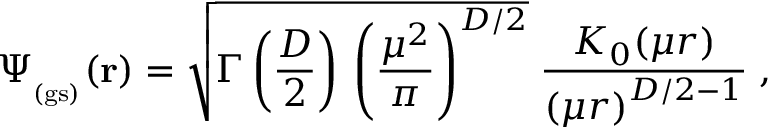
\Psi _ { _ \mathrm { ( g s ) } } ( { \bf r } ) = \sqrt { \Gamma \left( \frac { D } { 2 } \right) \, \left( \frac { \mu ^ { 2 } } { \pi } \right) ^ { D / 2 } } \; \frac { K _ { 0 } ( \mu r ) } { \left( \mu r \right) ^ { D / 2 - 1 } } \; ,